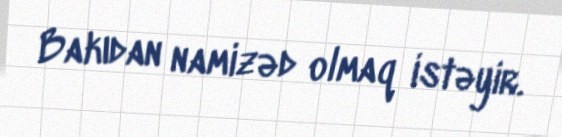
Bakıdan namizəd olmaq istəyir.